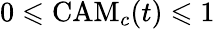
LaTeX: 0\leqslant\mathrm{CAM}_{c}(t)\leqslant 1